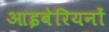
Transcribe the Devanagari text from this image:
आइबेरियनों